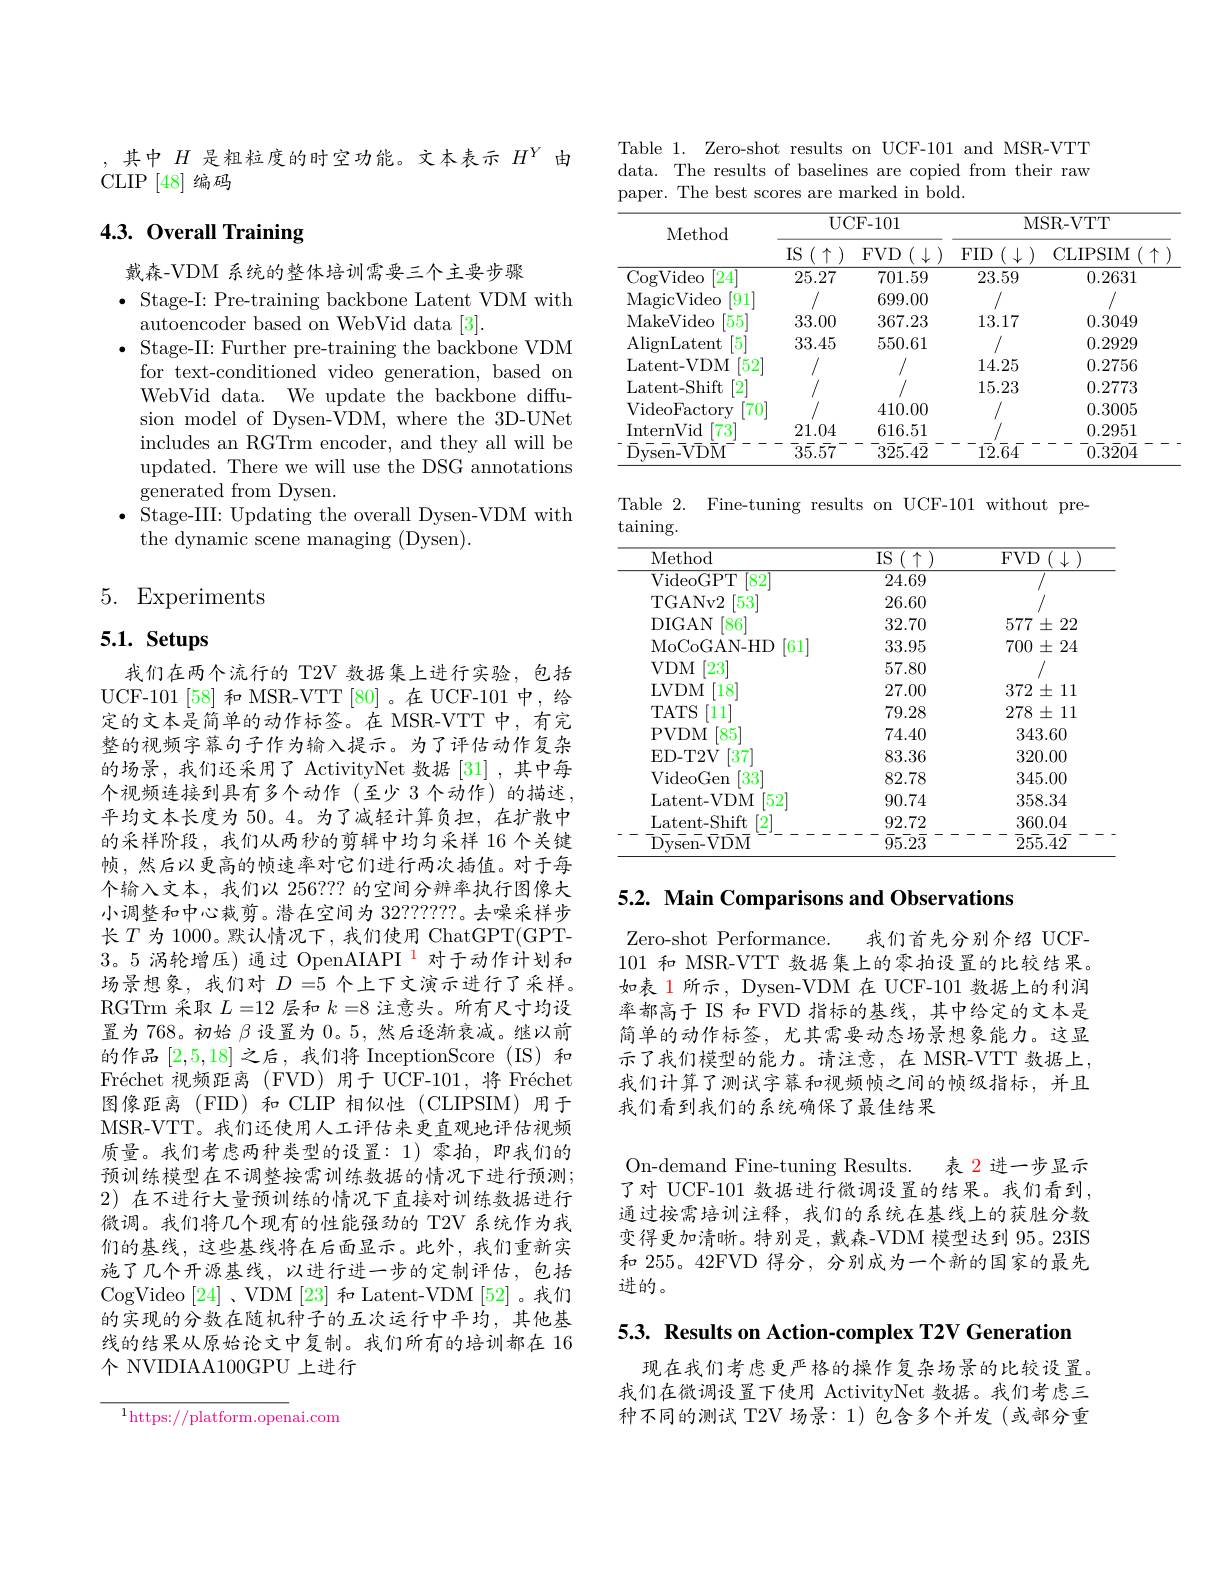
,其中$H$是粗粒度的时空功能。文本表示$H^Y$由
CLIP [48]编码

# 4.3. Overall Training

戴森-VDM 系统的整体培训需要三个主要步骤
$\bullet$ Stage-I: Pre-training backbone Latent VDM with
autoencoder based on WebVid data [3].
$\bullet$ Stage-II: Further pre-training the backbone VDM
for text-conditioned video generation, based on WebVid data. We update the backbone diffusion model of Dysen-VDM, where the 3D-UNet includes an RGTrm encoder, and they all will be updated. There we will use the DSG annotations generated from Dysen.
$\bullet$ Stage-III: Updating the overall Dysen-VDM with
the dynamic scene managing (Dysen).

# 5. Experiments

# 5.1. Setups

我们在两个流行的 T2V 数据集上进行实验，包括UCF-101[58] 和 MSR-VTT[80]。在 UCF-101 中，给定的文本是简单的动作标签。在 MSR-VTT 中，有完整的视频字幕句子作为输入提示。为了评估动作复杂的场景，我们还采用了 ActivityNet 数据[31],其中每个视频连接到具有多个动作(至少 3个动作)的描述， 平均文本长度为 50。4。为了减轻计算负担，在扩散中的采样阶段，我们从两秒的剪辑中均匀采样 16个关键帧，然后以更高的帧速率对它们进行两次插值。对于每个输入文本，我们以 256??? 的空间分辨率执行图像大小调整和中心裁剪。潜在空间为 32777????。去噪采样步长$T$ 为 1000。默认情况下，我们使用 ChatGPT(GPT- 3。5 涡轮增压)通过 OpenAIAPI 对于动作计划和场景想象，我们对$D=5$ 个上下文演示进行了采样。RGTrm 采取$L=12$层和$k=8$注意头。所有尺寸均设置为 768。初始$\beta$设置为 0。5,然后逐渐衰减。继以前的作品[2,5,18]之后，我们将 InceptionScore (IS)和Fréchet 视频距离 (FVD) 用于 UCF-101,将 Fréchet 图像距离 (FID)和 CLIP 相似性 (CLIPSIM) 用于MSR-VTT。我们还使用人工评估来更直观地评估视频质量。我们考虑两种类型的设置：1)零拍，即我们的预训练模型在不调整按需训练数据的情况下进行预测； 2)在不进行大量预训练的情况下直接对训练数据进行微调。我们将几个现有的性能强劲的 T2V 系统作为我们的基线，这些基线将在后面显示。此外，我们重新实施了几个开源基线，以进行进一步的定制评估，包括CogVideo [24]、VDM [23]和 Latent-VDM [52]。我们的实现的分数在随机种子的五次运行中平均，其他基线的结果从原始论文中复制。我们所有的培训都在 16个 NVIDIAA100GPU 上进行

$^{1}$https://platform.openai.com

Table 1. Zero-shot results on UCF-101 and MSR-VTT data. The results of baselines are copied from their raw paper. The best scores are marked in bold.

<table>
	<tbody>
		<tr>
			<th rowspan="2">Method</th>
			<th>$UC$</th>
			<th>${\mathrm{XF-101}}$</th>
			<th colspan="2">MSR- VTTT</th>
		</tr>
		<tr>
			<th>IS 个</th>
			<th>$FVD$ 11 1</th>
			<th>$FID$</th>
			<th>CLIPSIM $(\uparrow$</th>
		</tr>
		<tr>
			<td>$\operatorname{CogVideo}$ $\lceil24\rceil$</td>
			<td>25.27</td>
			<td>701.59</td>
			<td>23.59</td>
			<td>0.2631</td>
		</tr>
		<tr>
			<td>MagicVideo 91</td>
			<td> </td>
			<td>699.00</td>
			<td> </td>
			<td> </td>
		</tr>
		<tr>
			<td>MakeVideo $55^{\prime}$</td>
			<td>33.00</td>
			<td>367.23</td>
			<td>13.17</td>
			<td>0.3049</td>
		</tr>
		<tr>
			<td>AlignLatent</td>
			<td>3.3.45</td>
			<td>550.61</td>
			<td> </td>
			<td>0.2929</td>
		</tr>
		<tr>
			<td>$atan+$ 17 ITA</td>
			<td>$\psi^{\prime}=\psi$</td>
			<td>1 $\psi\psi\Pi\psi L$</td>
			<td>$1A25$</td>
			<td>$V$ 0 2756</td>
		</tr>
		<tr>
			<td>L $\mu\boldsymbol{L}\boldsymbol{U}$ V $I_{\mathrm{at}}$ at Chift </td>
			<td> </td>
			<td> </td>
			<td>LIIUU</td>
			<td>$\angle100$ n 2773</td>
		</tr>
		<tr>
			<td>$jdlelll_{k_{2}}$ $T:$</td>
			<td> </td>
			<td>$A1$</td>
			<td>$I_{i}J_{1}L_{0}$</td>
			<td>$I_{1}\angle$ $1/t$ T T $2me$</td>
		</tr>
		<tr>
			<td>${\mathrm{Vldeoractory}}$ InternVid 73 $\bar{\mathrm{D}}\bar{\mathrm{ysen-}}\bar{\mathrm{V}}\bar{\mathrm{D}}\bar{\mathrm{M}}$</td>
			<td>21.04 $\overline{3}\bar{5}.5\bar{7}^{-}$</td>
			<td>410.00 616.51 $\overline{3}\overline{2}5.4\overline{2}$</td>
			<td>$1\bar{2}.\bar{6}\bar{4}$</td>
			<td>0.0000 0.2951 $\overline{0.3}\overline{2}0\overline{4}$</td>
		</tr>
	</tbody>
</table>

Table 2. Fine-tuning results on UCF-101 without pre-

$\tan$ining.
<table>
	<tbody>
		<tr>
			<th>Method</th>
			<th>IS $:(\uparrow)$ 1</th>
			<th>$\mathbf{FVD}$ $\bullet(1,1,1)$</th>
		</tr>
		<tr>
			<td>VideoGPT $\lceil82\rceil$</td>
			<td>24.69</td>
			<td> </td>
		</tr>
		<tr>
			<td>TGANv2 53</td>
			<td>26.60</td>
			<td> </td>
		</tr>
		<tr>
			<td>DIGAN $[86^{\prime}$</td>
			<td>32.70</td>
			<td>$577\pm22$</td>
		</tr>
		<tr>
			<td>MoCoGAN- HD $\lceil61\rceil$</td>
			<td>33.95</td>
			<td>$700\pm24$</td>
		</tr>
		<tr>
			<td>[23] $VDM$</td>
			<td>57.80</td>
			<td> </td>
		</tr>
		<tr>
			<td>18 LVDM</td>
			<td>27.00</td>
			<td>$372\pm11$</td>
		</tr>
		<tr>
			<td>TATS $[11]^{'}$</td>
			<td>79.28</td>
			<td>$278\pm11$</td>
		</tr>
		<tr>
			<td>$85^{\prime}$ PVDM</td>
			<td>74.40</td>
			<td>343.60</td>
		</tr>
		<tr>
			<td>ED- T2V $37^{\prime}$</td>
			<td>83.36</td>
			<td>320.00</td>
		</tr>
		<tr>
			<td>$33^{\prime}$ VideoGen</td>
			<td>82.78</td>
			<td>345.00</td>
		</tr>
		<tr>
			<td>Latent- VDM $52^{\prime}$</td>
			<td>90.74</td>
			<td>358.34</td>
		</tr>
		<tr>
			<td>Latent- Shift $\bar{\mathrm{D}}\bar{\mathrm{ysen-}}\bar{\mathrm{V}}\bar{\mathrm{D}}\bar{\mathrm{M}}$</td>
			<td>92.72 $\bar{9}5.2\overline{3}$</td>
			<td>360.04 $\overline{2}5\overline{5}.\overline{4}2$</td>
		</tr>
	</tbody>
</table>

5.2. Main Comparisons and Observations

Zero-shot Performance.
我们首先分别介绍 UCF-
101和 MSR-VTT 数据集上的零拍设置的比较结果。如表 1所示，Dysen-VDM 在 UCF-101 数据上的利润率都高于 IS 和 FVD 指标的基线，其中给定的文本是简单的动作标签，尤其需要动态场景想象能力。这显示了我们模型的能力。请注意，在 MSR-VTT 数据上， 我们计算了测试字幕和视频帧之间的帧级指标，并且我们看到我们的系统确保了最佳结果
On-demand Fine-tuning Results. 表 2 进一步显示了对 UCF-101 数据进行微调设置的结果。我们看到通过按需培训注释，我们的系统在基线上的获胜分数变得更加清晰。特别是，戴森-VDM 模型达到 95。23IS 和 255。42FVD 得分，分别成为一个新的国家的最先进的。

5.3. Results on Action-complex T2V Generation

现在我们考虑更严格的操作复杂场景的比较设置。我们在微调设置下使用 ActivityNet 数据。我们考虑三种不同的测试 T2V 场景：1) 包含多个并发 (或部分重